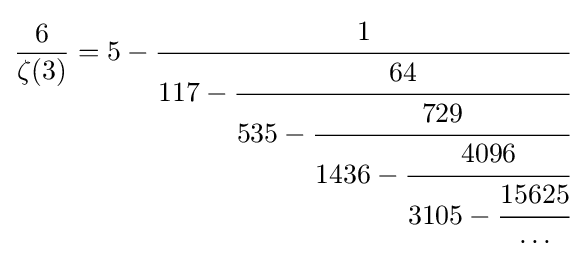
{\frac {6}{\zeta (3)}}=5-{\cfrac {1}{117-{\cfrac {64}{535-{\cfrac {729}{1436-{\cfrac {4096}{3105-{\cfrac {15625}{\dots }}}}}}}}}}